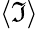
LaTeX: \langle\mathfrak{I}\rangle